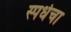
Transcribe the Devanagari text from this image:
स्पर्धचा